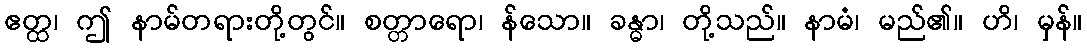
ဧတ္ထ၊ ဤ နာမ်တရားတို့တွင်။ စတ္တာရော၊ န်သော။ ခန္ဓာ၊ တို့သည်။ နာမံ၊ မည်၏။ ဟိ၊ မှန်။